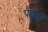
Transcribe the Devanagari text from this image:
पैड़्स